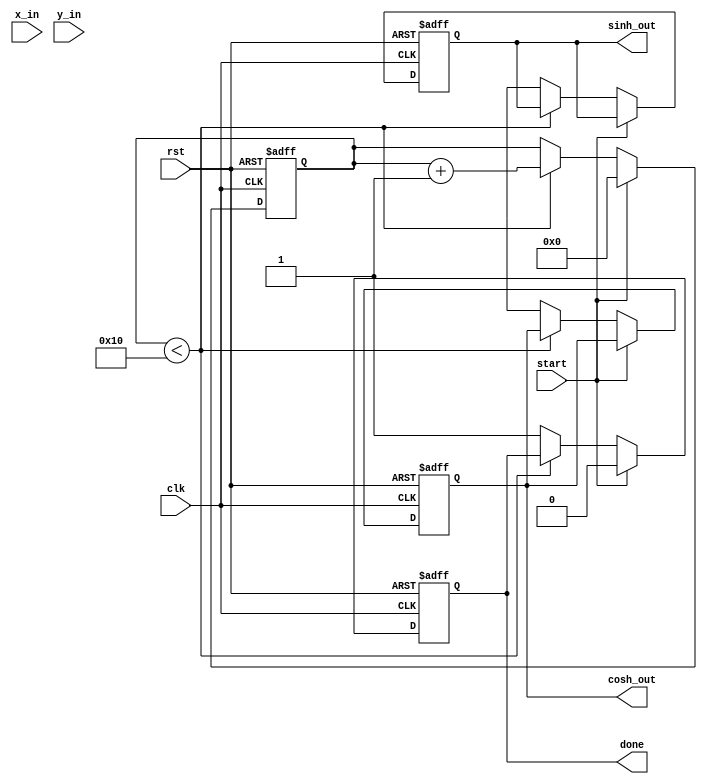
module hyperbolic_cordic (
    input wire clk,
    input wire rst,
    input wire start,
    input wire [15:0] x_in, // Input for cosh
    input wire [15:0] y_in, // Input for sinh
    output reg [15:0] cosh_out,
    output reg [15:0] sinh_out,
    output reg done
);

    // Parameters
    parameter NUM_ITERATIONS = 16;
    parameter ANGLE_WIDTH = 16;

    // Internal registers
    reg [15:0] x [0:NUM_ITERATIONS-1];
    reg [15:0] y [0:NUM_ITERATIONS-1];
    reg [ANGLE_WIDTH-1:0] angle_table [0:NUM_ITERATIONS-1];
    reg [3:0] iteration;
    reg [15:0] scaling_factor;
    reg [15:0] angle;

    // Initialize angle lookup table (arctanh values)
    initial begin
        angle_table[0] = 16'h0000; // arctanh(0)
        angle_table[1] = 16'h1C71; // arctanh(1/2)
        angle_table[2] = 16'h2D99; // arctanh(1/4)
        // Populate with more angles as needed
        // ...
    end

    // Scaling factor for CORDIC
    initial begin
        scaling_factor = 16'h1C71; // 1/sqrt(1 + (1/2)^2) for the first iteration
        // Calculate scaling factors for all iterations if needed
        // ...
    end

    // CORDIC Iteration Logic
    always @(posedge clk or posedge rst) begin
        if (rst) begin
            iteration <= 0;
            done <= 0;
            cosh_out <= 0;
            sinh_out <= 0;
        end else if (start) begin
            // Initialize inputs
            x[0] <= x_in;
            y[0] <= y_in;
            iteration <= 0;
            done <= 0;
        end else if (iteration < NUM_ITERATIONS) begin
            // CORDIC algorithm
            if (y[iteration] < 0) begin
                x[iteration + 1] <= x[iteration] + (y[iteration] >>> iteration);
                y[iteration + 1] <= y[iteration] + (x[iteration] >>> iteration);
            end else begin
                x[iteration + 1] <= x[iteration] - (y[iteration] >>> iteration);
                y[iteration + 1] <= y[iteration] - (x[iteration] >>> iteration);
            end
            iteration <= iteration + 1;
        end else begin
            // Final output calculation
            cosh_out <= x[NUM_ITERATIONS];
            sinh_out <= y[NUM_ITERATIONS];
            done <= 1;
        end
    end

endmodule